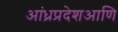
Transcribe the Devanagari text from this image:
आंध्रप्रदेशआणि